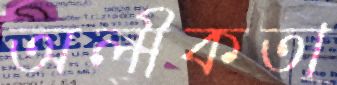
অলীকতা